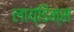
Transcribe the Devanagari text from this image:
लाय्डिन्स